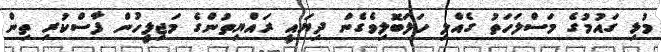
މުޅި ގައުމުގެ މަސްލަހަތު ގެއްލި ހަލަބޮލިވެގެން ދިޔައީ ރައްޔިތުންގެ މަޖިލީހުން ފާސްކުރި ތިން